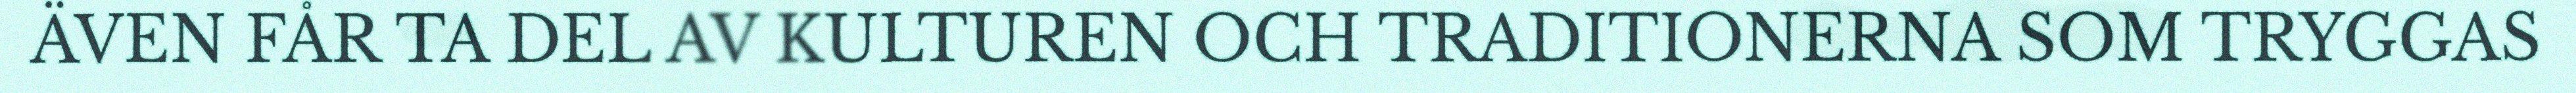
ÄVEN FÅR TA DEL AV KULTUREN OCH TRADITIONERNA SOM TRYGGAS